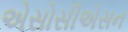
એસોસીએસન